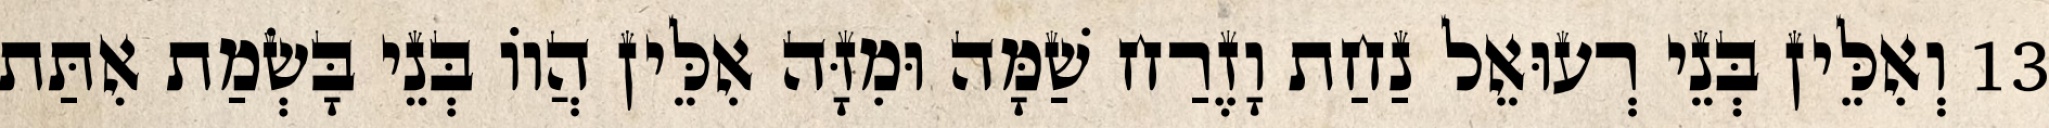
13 וְאִלֵּין בְּנֵי רְעוּאֵל נַחַת וָזֶרַח שַׁמָּה וּמִזָּה אִלֵּין הֲווֹ בְּנֵי בָּשְׂמַת אִתַּת